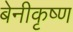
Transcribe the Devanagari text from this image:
बेनीकृष्ण